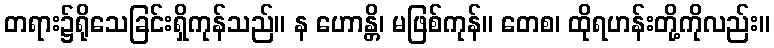
တရား၌ရိုသေခြင်းရှိကုန်သည်။ န ဟောန္တိ၊ မဖြစ်ကုန်။ တေစ၊ ထိုရဟန်းတို့ကိုလည်း။